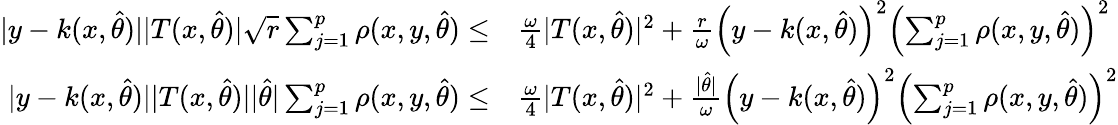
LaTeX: \begin{array}{rl}{\vert y-k(x,\hat{\theta})\vert\vert T(x,\hat{\theta})\vert\sqrt{r}\sum_{j=1}^{p}\rho(x,y,\hat{\theta})\leq}&{\frac{\omega}{4}\vert T(x,\hat{\theta})\vert^{2}+\frac{r}{\omega}\left(y-k(x,\hat{\theta})\right)^{2}\left(\sum_{j=1}^{p}\rho(x,y,\hat{\theta})\right)^{2}}\\ {\vert y-k(x,\hat{\theta})\vert\vert T(x,\hat{\theta})\vert\vert\hat{\theta}\vert\sum_{j=1}^{p}\rho(x,y,\hat{\theta})\leq}&{\frac{\omega}{4}\vert T(x,\hat{\theta})\vert^{2}+\frac{\vert\hat{\theta}\vert}{\omega}\left(y-k(x,\hat{\theta})\right)^{2}\left(\sum_{j=1}^{p}\rho(x,y,\hat{\theta})\right)^{2}}\end{array}